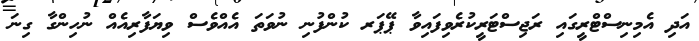
އަދި އެމިނިސްޓްރީގައި ރަޖިސްޓަރީކުރެވިފައިވާ ޕޭޕަރ ކުންފުނި ނުވަތަ އެއްވެސް ވިޔަފާރިއެއް ނުހިންގާ ގިނަ